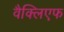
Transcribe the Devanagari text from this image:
वैक्लिएफ